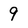
Character: 9